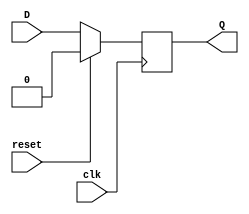
module d_ff_sync_reset (
    input D,
    input clk,
    input reset,
    output reg Q
);

always @(posedge clk) begin
    if (reset) begin
        Q <= 1'b0; // Reset to known state
    end else begin
        Q <= D; // Update output on rising edge of clock
    end
end

endmodule